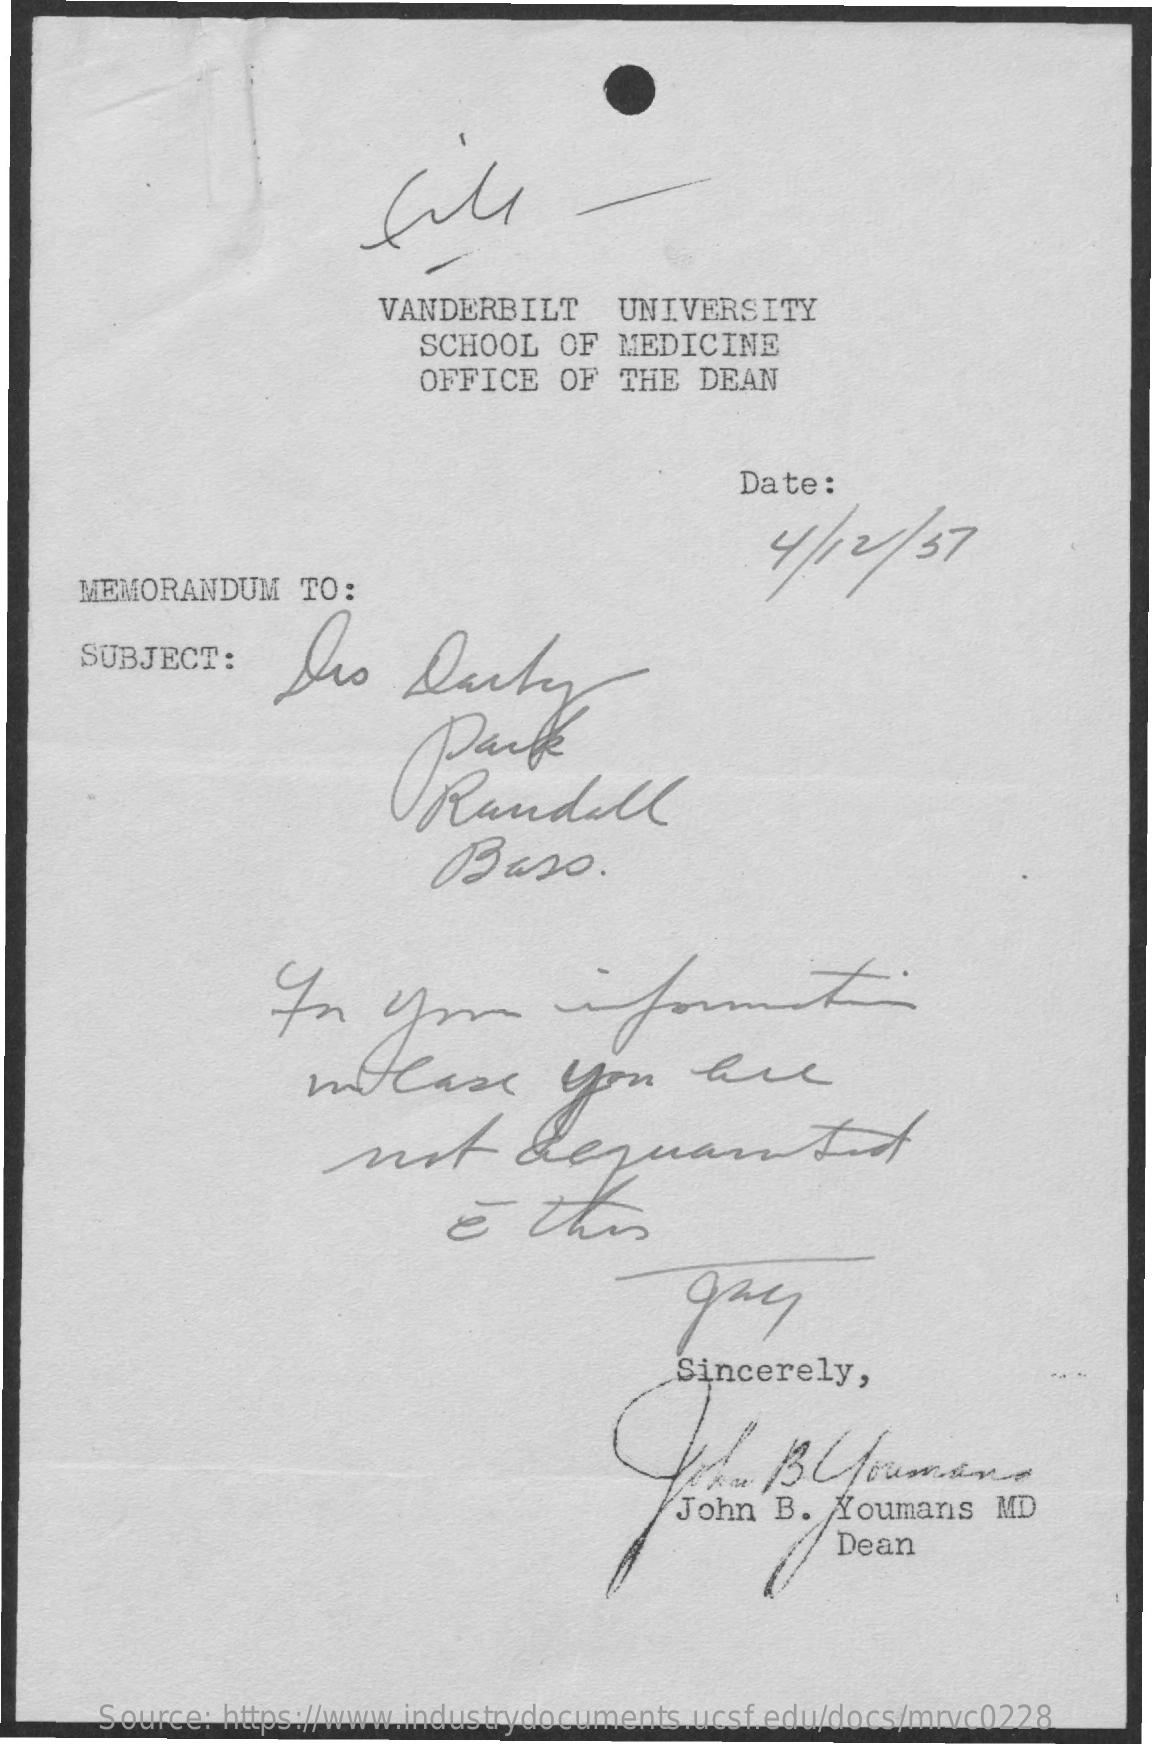
VANDERBILT    UNIVERSITY
     SCHOOL   OF MEDICINE
     OFFICE   OF THE  DEAN
     Date:
     4/ 12/   57
     MEMORANDUM    TO:
     SUBJECT:    Sis    Darty
     Danke
     Randall
     Daso.
     In    you    fort
     WCase    you    lie
     the
     gay
     Sincerely,
     John  B. Youmans    MD
     Dean
     Source: https://www.industrydocuments.ucsf.edu/docs/mrvc0228